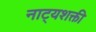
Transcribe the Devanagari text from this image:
नाट्यशक्ती